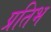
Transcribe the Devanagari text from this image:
प्रतिभ